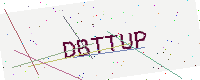
Text: DBTTUP